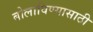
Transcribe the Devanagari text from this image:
बोलाविण्यासाठी